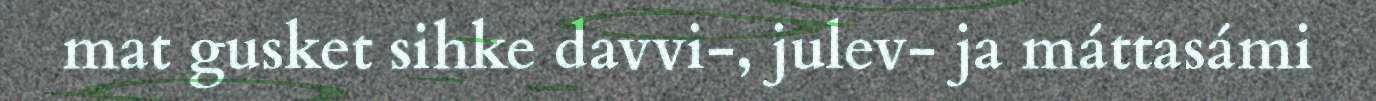
mat gusket sihke davvi-, julev- ja máttasámi